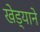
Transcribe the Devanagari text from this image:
खेड्याने